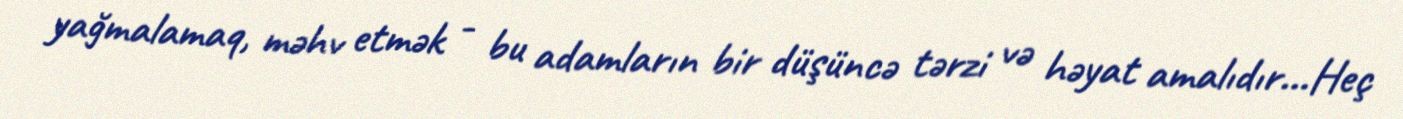
yağmalamaq, məhv etmək - bu adamların bir düşüncə tərzi və həyat amalıdır…Heç